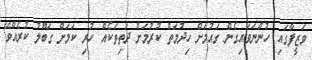
ވަޒީފާގައި ހުންނަވައިގެން ގައުމަށް ހިދުމަތް ކުރުމަށް ދަތިތަކެއް ހުރި ކަމަށް ގަބޫލު ކުރެއްވޭ